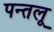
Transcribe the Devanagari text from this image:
पन्तलू